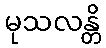
မုသလန္တိ